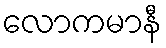
လောကမာနီ